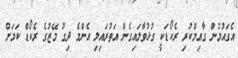
އެގައުމުން ގާއިމްކުރި ރެކޯޑަކީ ގުޅުވާލައިގެން އަތުރައިލި އެންމެ ދިގު މޭޒުގެ ރެކޯޑް ކަމަށް